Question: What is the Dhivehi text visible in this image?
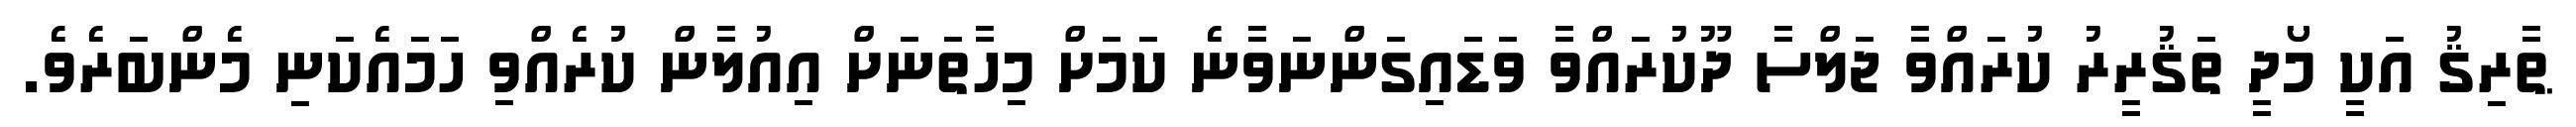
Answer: ޠާރިޤު އަކީ މޯދީ ތަޤުރީރު ކުރައްވާ ޖަލްސާ ދޫކުރައްވާ ވަޑައިގަންނަވާނެ ކަމަށް މިހާތަނަށް އިއުލާން ކުރެއްވި ހަމައެކަނި މެންބަރެވެ.